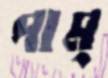
পাম্